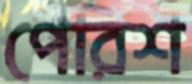
পেরিশ